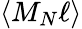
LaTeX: \langle M_{N}\ell\rangle